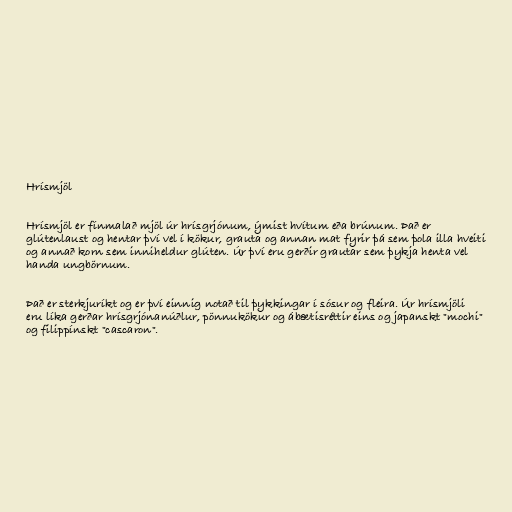
Hrísmjöl

Hrísmjöl er fínmalað mjöl úr hrísgrjónum, ýmist hvítum eða brúnum. Það er
glútenlaust og hentar því vel í kökur, grauta og annan mat fyrir þá sem þola illa hveiti
og annað korn sem inniheldur glúten. Úr því eru gerðir grautar sem þykja henta vel
handa ungbörnum.

Það er sterkjuríkt og er því einnig notað til þykkingar í sósur og fleira. Úr hrísmjöli
eru líka gerðar hrísgrjónanúðlur, pönnukökur og ábætisréttir eins og japanskt "mochi"
og filippínskt "cascaron".